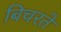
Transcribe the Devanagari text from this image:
बिचरते